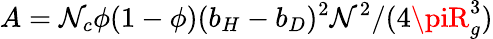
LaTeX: A=\mathcal{N}_{c}\phi(1-\phi)(b_{H}-b_{D})^{2}\mathcal{N}^{2}/(4\piR_{g}^{3})